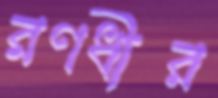
রণধীর